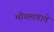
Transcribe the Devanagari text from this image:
भोगलगाते